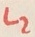
Text: L2